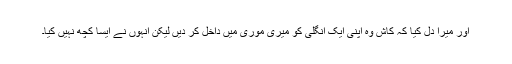
اور میرا دل کیا کہ کاش وہ اپنی ایک انگلی کو میری موری میں داخل کر دیں لیکن انہوں نے ایسا کچھ نہیں کیا۔